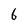
Character: 6